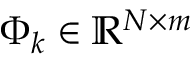
\Phi _ { k } \in \mathbb { R } ^ { N \times m }